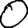
Digit: 0